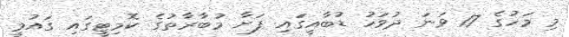
މި މަހުގެ 17 ވަނަ ދުވަހު ޑުބާއީގައި ފަށާ މުބާރާތުގެ ކޮމިޓީގައި ގައުމީ